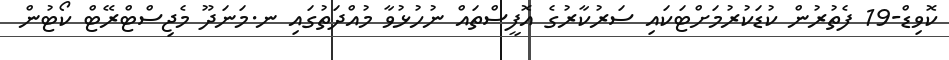
ކޮވިޑް-19 ފެތުރުން ކުޑަކުރުމަށްޓަކައި ސަރުކާރުގެ އޮފީސްތައް ނުހުޅުވާ މުއްދަތުގައި ނ.މަނަދޫ މެޖިސްޓްރޭޓް ކޯޓުން